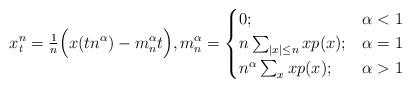
\begin{align*}x_t^n = \tfrac{1}{n} \Big( x(tn^\alpha)- m_n^\alpha t\Big), m_n^\alpha=\begin{cases}0; & \alpha <1\\n\sum_{|x| \leq n} xp(x); & \alpha =1\\n^\alpha \sum_x xp(x); & \alpha >1\end{cases}\end{align*}